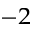
^ { - 2 }